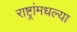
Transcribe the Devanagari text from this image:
राष्ट्रांमधल्या